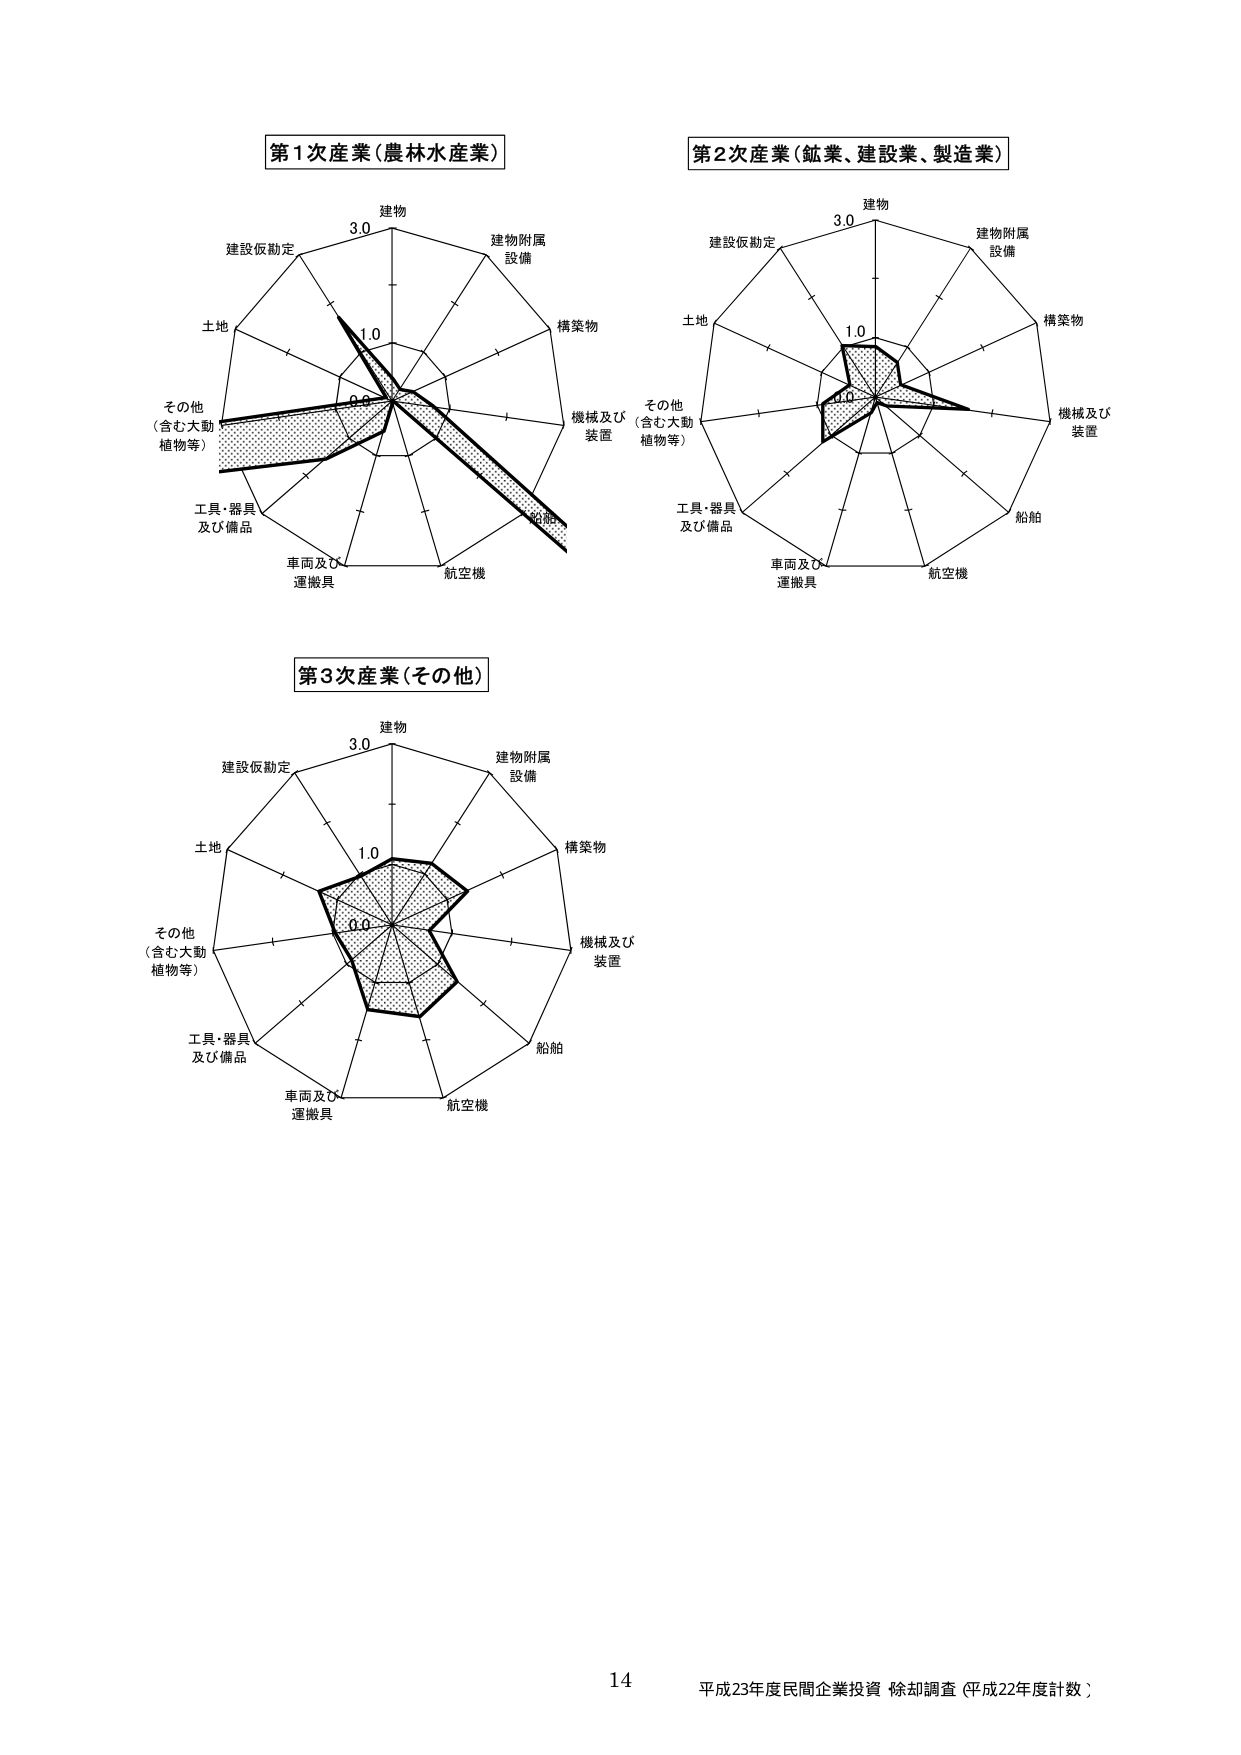
第1次産業（農林水産業）

建物
3.0
建設仮勘定
土地
その他
（含む大動
植物等）
工具・器具
及び備品
車両及び
運搬具
航空機
建物附属
設備
構築物
機械及び
装置

第2次産業（鉱業、建設業、製造業）

建物
3.0
建設仮勘定
土地
その他
（含む大動
植物等）
工具・器具
及び備品
車両及び
運搬具
航空機
建物附属
設備
構築物
機械及び
装置
船舶

第3次産業（その他）

建物
3.0
建設仮勘定
土地
その他
（含む大動
植物等）
工具・器具
及び備品
車両及び
運搬具
航空機
建物附属
設備
構築物
機械及び
装置
船舶

14
平成23年度民間企業投資 除却調査（平成22年度計数）